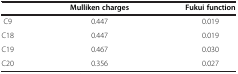
|  | Mulliken charges | Fukui function |
 | --- | --- | --- |
 | C9 | 0.447 | 0.019 |
 | C18 | 0.447 | 0.019 |
 | C19 | 0.467 | 0.030 |
 | C20 | 0.356 | 0.027 |